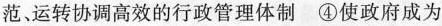
范运转协调高效的行政管理体制④使政府成为